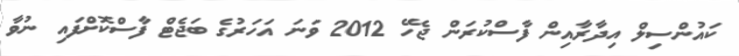
ކައުންސިލް އިދާރާއިން ފާސްކުރަން ޖެހޭ 2012 ވަނަ އަހަރުގެ ބަޖެޓް ފާސްކޮށްފައި ނުވާ